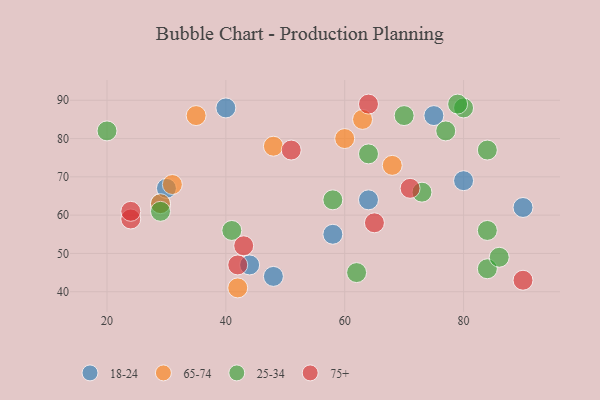
{"axis": {"x": "GDP", "y": "Life Expectancy"}, "legend": ["18-24", "25-34", "65-74", "75+"], "data": [{"x": "44", "y": 47, "type": "18-24"}, {"x": "48", "y": 44, "type": "18-24"}, {"x": "64", "y": 64, "type": "18-24"}, {"x": "90", "y": 62, "type": "18-24"}, {"x": "75", "y": 86, "type": "18-24"}, {"x": "80", "y": 69, "type": "18-24"}, {"x": "29", "y": 63, "type": "18-24"}, {"x": "58", "y": 55, "type": "18-24"}, {"x": "40", "y": 88, "type": "18-24"}, {"x": "30", "y": 67, "type": "18-24"}, {"x": "31", "y": 68, "type": "65-74"}, {"x": "48", "y": 78, "type": "65-74"}, {"x": "35", "y": 86, "type": "65-74"}, {"x": "42", "y": 41, "type": "65-74"}, {"x": "68", "y": 73, "type": "65-74"}, {"x": "60", "y": 80, "type": "65-74"}, {"x": "29", "y": 63, "type": "65-74"}, {"x": "63", "y": 85, "type": "65-74"}, {"x": "84", "y": 46, "type": "25-34"}, {"x": "70", "y": 86, "type": "25-34"}, {"x": "64", "y": 76, "type": "25-34"}, {"x": "58", "y": 64, "type": "25-34"}, {"x": "86", "y": 49, "type": "25-34"}, {"x": "80", "y": 88, "type": "25-34"}, {"x": "73", "y": 66, "type": "25-34"}, {"x": "84", "y": 77, "type": "25-34"}, {"x": "20", "y": 82, "type": "25-34"}, {"x": "77", "y": 82, "type": "25-34"}, {"x": "79", "y": 89, "type": "25-34"}, {"x": "62", "y": 45, "type": "25-34"}, {"x": "29", "y": 61, "type": "25-34"}, {"x": "84", "y": 56, "type": "25-34"}, {"x": "41", "y": 56, "type": "25-34"}, {"x": "42", "y": 47, "type": "75+"}, {"x": "71", "y": 67, "type": "75+"}, {"x": "90", "y": 43, "type": "75+"}, {"x": "65", "y": 58, "type": "75+"}, {"x": "51", "y": 77, "type": "75+"}, {"x": "43", "y": 52, "type": "75+"}, {"x": "64", "y": 89, "type": "75+"}, {"x": "24", "y": 59, "type": "75+"}, {"x": "24", "y": 61, "type": "75+"}]}